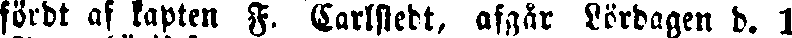
fördt af kapten F. Carlstedt, afgår Lördagen d. 1